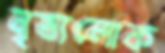
নৃত্যলোক